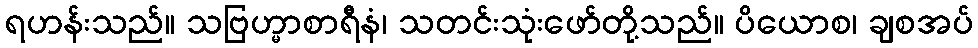
ရဟန်းသည်။ သဗြဟ္မာစာရီနံ၊ သတင်းသုံးဖော်တို့သည်။ ပိယောစ၊ ချစအပ်